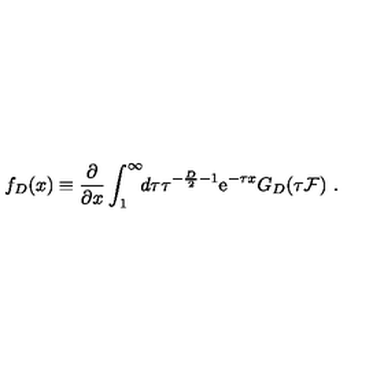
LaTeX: f _ { D } ( x ) \equiv { \frac { \partial } { \partial x } } \int _ { 1 } ^ { \infty } \! \! d \tau \tau ^ { - { \frac { D } { 2 } } - 1 } { \mathrm e } ^ { - \tau x } G _ { D } ( \tau { \cal F } ) \ .